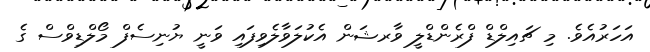
އަހަރުއެވެ. މި ޗައިލްޑް ފްރެންޑްލީ ވާރޝަން އެކުލަވާލެވިފައި ވަނީ ޔުނިސެފް މޯލްޑިވްސް ގެ